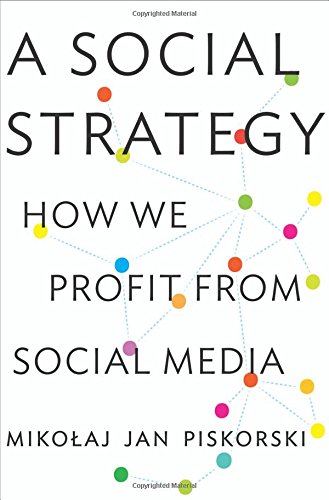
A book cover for A Social Strategy: How We Profit from Social Media; Mikolaj Jan Piskorski; Computers & Technology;